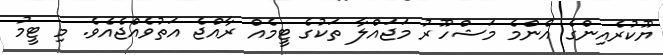
ޔޫކުރެއިންގެ އެންމެ މަޝްހޫރު މަޖައްލާ ތަކުގެ ޓީމެއް ރާއްޖެ އަތުވެއްޖެއެވެ. މި ޓީމު